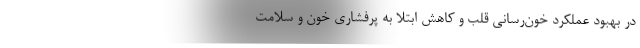
در بهبود عملکرد خون‌رسانی قلب و کاهش ابتلا به پرفشاری خون و سلامت